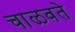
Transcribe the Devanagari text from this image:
चाळवते